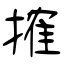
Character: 搉